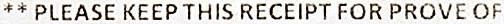
** PLEASE KEEP THIS RECEIPT FOR PROVE OF